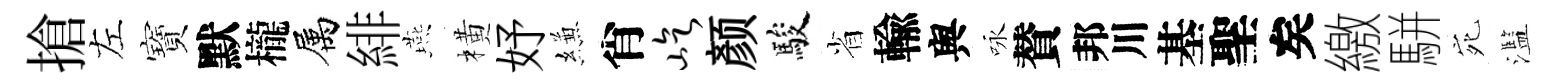
搶左寶默櫳属緋燕橫妤縑肖屹颜駿省輸舆咏賛邦川基聖矣繳駢宛濫